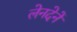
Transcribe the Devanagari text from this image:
लेनदेनें